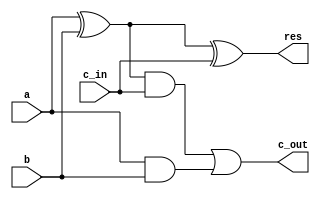
module full_adder
	(  
		input  	a,
		input  	b,
	 	input   c_in,
	 	output  c_out,
	    output  res
   );


   assign res = a ^ b ^c_in;

   assign c_out = (a ^ b) & c_in | (a & b);

endmodule